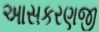
આસકરણજી